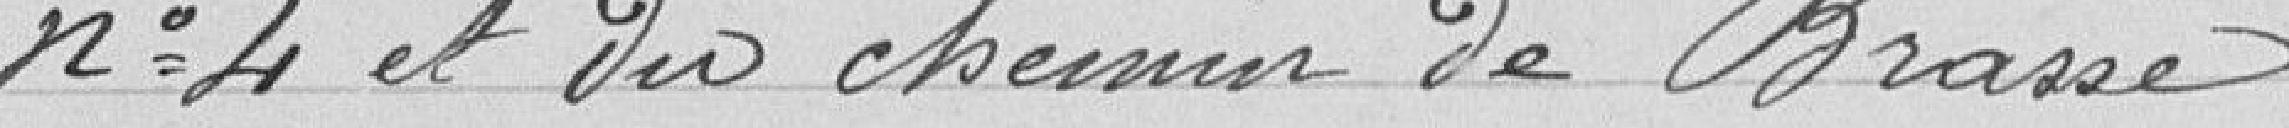
n°4 et du chemin de Brasse